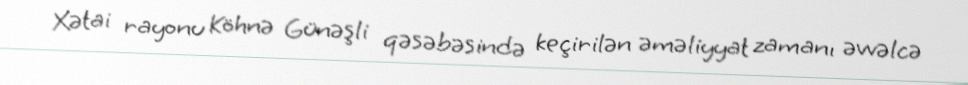
Xətai rayonu Köhnə Günəşli qəsəbəsində keçirilən əməliyyat zamanı əvvəlcə